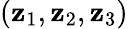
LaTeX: (\mathbf{z}_{1},\mathbf{z}_{2},\mathbf{z}_{3})